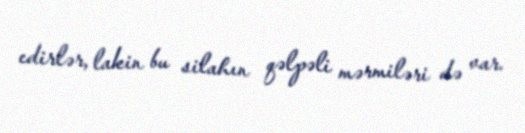
edirlər, lakin bu silahın qəlpəli mərmiləri də var.